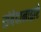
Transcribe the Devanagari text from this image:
संवेदानाद्वारे